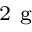
_ { \mathrm { ~ 2 ~ g ~ } }